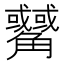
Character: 𲁟